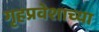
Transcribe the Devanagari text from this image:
गृहप्रवेशाच्या